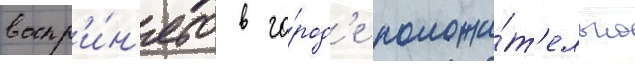
воспр'и́н'ято в го́род'е положи́т'ельно